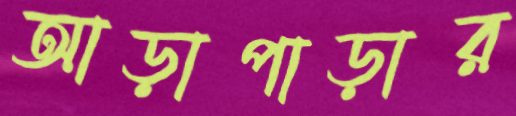
আড়াপাড়ার